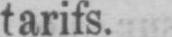
tarifs.